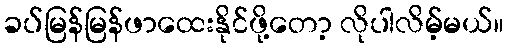
ခပ်မြန်မြန်ဖာထေးနိုင်ဖို့တော့ လိုပါလိမ့်မယ်။